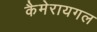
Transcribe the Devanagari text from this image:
कैमेरायगल